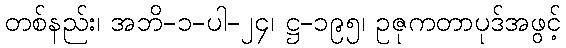
တစ်နည်း၊ အဘိ-၁-ပါ-၂၄၊ ဋ္ဌ-၁၉၅၊ ဥဇုကတာပုဒ်အဖွင့်